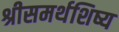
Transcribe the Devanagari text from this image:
श्रीसमर्थशिष्य